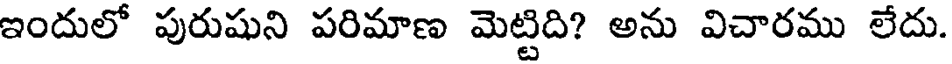
ఇందులో పురుషుని పరిమాణ మెట్టిది? అను విచారము లేదు.